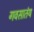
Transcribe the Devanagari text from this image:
गवसातंय